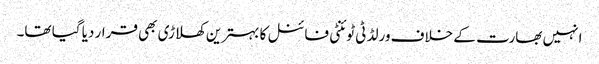
انہیں بھارت کے خلاف ورلڈ ٹی ٹوئنٹی فائنل کا بہترین کھلاڑی بھی قرار دیا گیا تھا۔